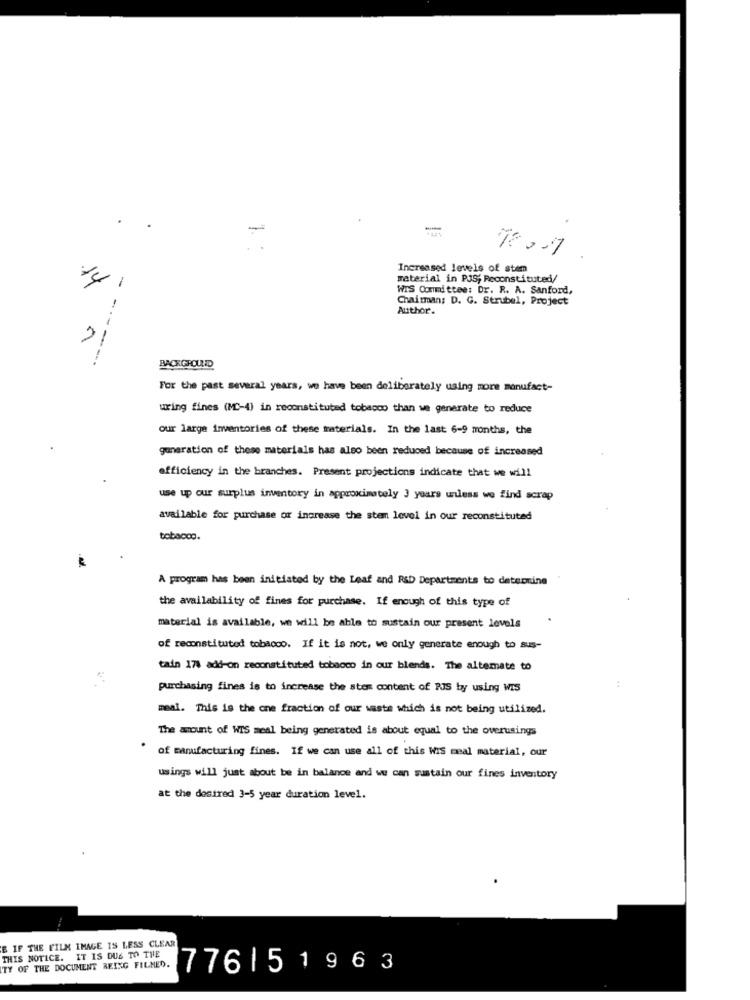
Increased levels of stem
-
material in PJS; Reconstituted/
WIS Committee: Dr. R. A. Sanford,
Chairman: D. G. Strubel, Project
Author.
21
BACKGROUND
For the past several years, we have been deliberately using more manufact-
uring fines (MC-4) in reconstituted tobacco than we generate to reduce
our large inventories of these materials. In the last 6-9 months, the
generation of these materials has also been reduced because of increased
efficiency in the branches. Present projections indicate that we will
use up our surplus inventory in approximately 3 years unless we find scrap
available for purchase or increase the stem level in our reconstituted
tobacco.
A program has been initiated by the Leaf and R&D Departments to determine
the availability of fines for purchase. If enough of this type of
material is available, we will be able to sustain our present levels
of reconstituted tobacco. If it is not, we only generate enough to aus-
tain 178 add-on reconstituted tobacco in our blends. The altemate to
purchasing fines is to increase the stem content of RIS by using WIS
:
meal. This is the one fraction of our wasta which is not being utilized.
The amount of WIS meal being generated is about equal to the overusings
of manufacturing fines. If we can use all of this WIS meal material, our
usings will just about be in balance and we can sustain our fines inventory
at the desired 3-5 year duration level.
E IF THE FILM IMAGE IS LESS CLEAR
THIS NOTICE. IT IS DUE TO THE
TY OF THE DOCUMENT REISG FILMED.
7761 51963